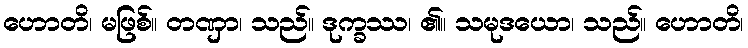
ဟောတိ၊ မဖြစ်။ တဏှာ၊ သည်။ ဒုက္ခဿ၊ ၏။ သမုဒယော၊ သည်။ ဟောတိ၊